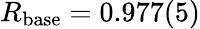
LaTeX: R_{\mathrm{base}}=0.977(5)